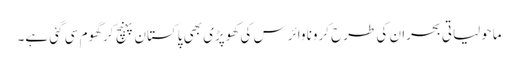
ماحولیاتی بحران کی طرح کرونا وائرس کی کھوپڑی بھی پاکستان پہنچ کر گھوم سی گئی ہے۔